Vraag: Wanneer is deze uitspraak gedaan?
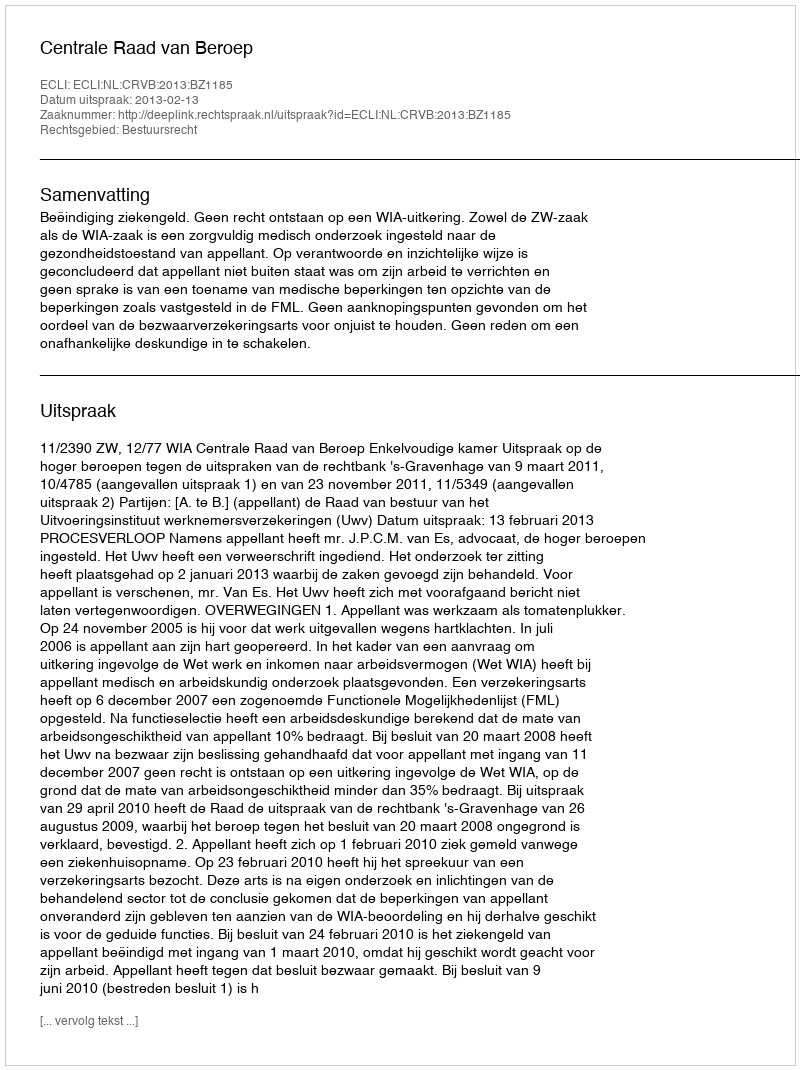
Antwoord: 2013-02-13